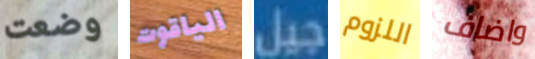
وضعت الياقوت جيل اللزوم واضاف